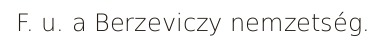
F. u. a Berzeviczy nemzetség.